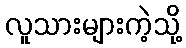
လူသားများကဲ့သို့